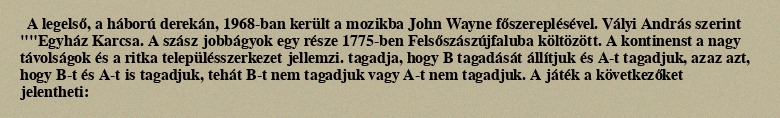
A legelső, a háború derekán, 1968-ban került a mozikba John Wayne főszereplésével. Vályi András szerint ""Egyház Karcsa. A szász jobbágyok egy része 1775-ben Felsőszászújfaluba költözött. A kontinenst a nagy távolságok és a ritka településszerkezet jellemzi. tagadja, hogy B tagadását állítjuk és A-t tagadjuk, azaz azt, hogy B-t és A-t is tagadjuk, tehát B-t nem tagadjuk vagy A-t nem tagadjuk. A játék a következőket jelentheti: